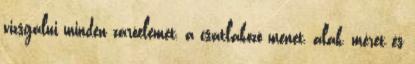
vizsgálni minden záróelemet, a csatlakozó menet, alak, méret és